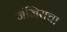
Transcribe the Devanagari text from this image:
जंजिराचा